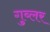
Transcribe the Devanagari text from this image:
गुब्लर